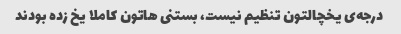
درجه‌ی یخچالتون تنظیم نیست، بستنی هاتون کاملا یخ زده بودند